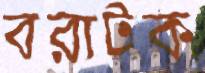
বরাটক